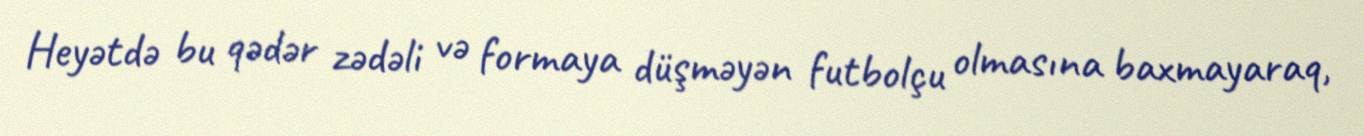
Heyətdə bu qədər zədəli və formaya düşməyən futbolçu olmasına baxmayaraq,